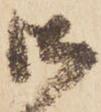
御